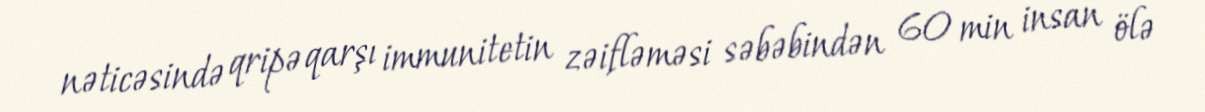
nəticəsində qripə qarşı immunitetin zəifləməsi səbəbindən 60 min insan ölə